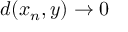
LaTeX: d ( x _ { n } , y ) \to 0